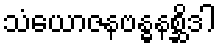
သံယောဇနဗန္ဓနစ္ဆိဒါ